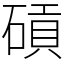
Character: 碽